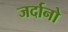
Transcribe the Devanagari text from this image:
जर्दानो